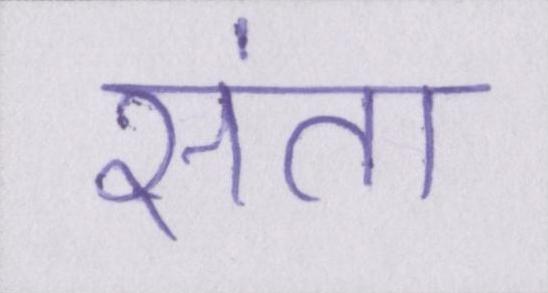
संता